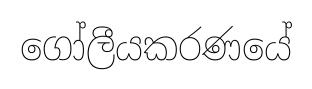
ගෝලීයකරණයේ